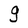
Character: g